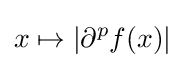
x\mapsto \left|\partial ^{p}f(x)\right|